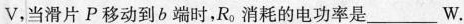
v，当滑片P移动到b端时，R_{0}消耗的电功率是_____W.